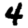
Digit: 4